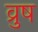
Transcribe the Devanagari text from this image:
व्रुष